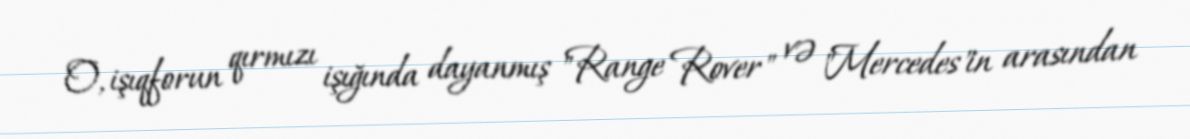
O, işıqforun qırmızı işığında dayanmış "Range Rover" və "Mercedes"in arasından